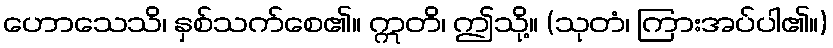
ဟောသေသိ၊ နှစ်သက်စေ၏။ ဣတိ၊ ဤသို့။ (သုတံ၊ ကြားအပ်ပါ၏။)